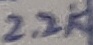
Text: 2.2K